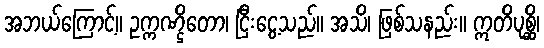
အဘယ်ကြောင့်။ ဥက္ကဏ္ဌိတော၊ ငြီးငွေ့သည်။ အသိ၊ ဖြစ်သနည်း။ ဣတိပုစ္ဆိ၊